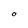
Character: O